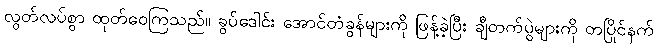
လွတ်လပ်စွာ ထုတ်ဝေကြသည်။ ခွပ်ဒေါင်း အောင်တံခွန်များကို ဖြန့်ခဲ့ပြီး ချီတက်ပွဲများကို တပြိုင်နက်